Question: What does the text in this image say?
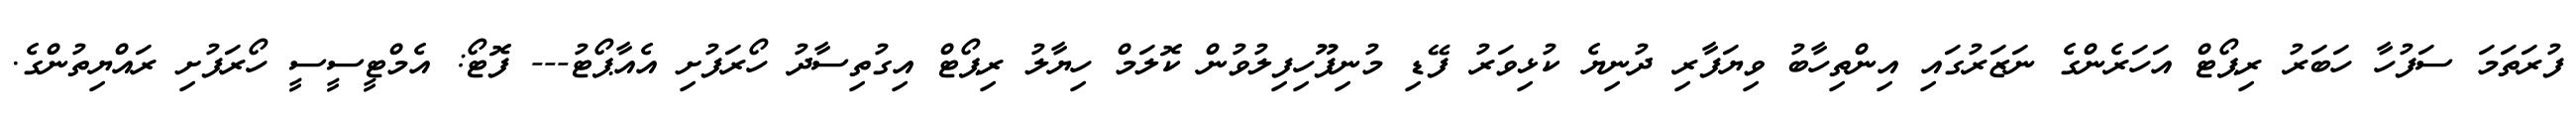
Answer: ފުރަތަމަ ސަފުހާ ހަބަރު ރިޕޯޓް އަހަރެންގެ ނަޒަރުގައި އިންތިހާބު ވިޔަފާރި ދުނިޔެ ކުޅިވަރު ފޭޑި މުނިފޫހިފިލުވުން ކޮލަމް ހިޔާލު ރިޕޯޓް އިގުތިސާދު ހޯރަފުށި އެއާޕޯޓު--- ފޮޓޯ: އެމްޓީސީސީ ހޯރަފުށި ރައްޔިތުންގެ.